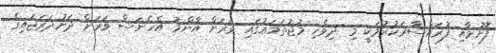
ފޮށުމާއި ފުރައްސާރަކުރުމަކީ މި ދިވެހި މުޖުތަމަޢުގައި ވަރަށް އާންމު އެހެނަސް ވަރަށް ދަށުދަރަޖައިގެ